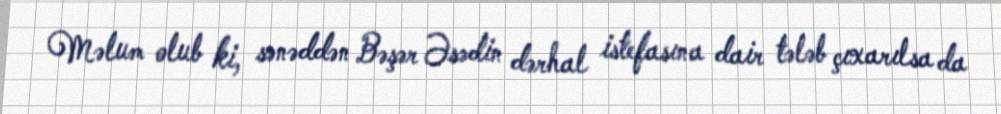
Məlum olub ki, sənəddən Bəşər Əsədin dərhal istefasına dair tələb çıxarılsa da